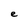
Character: e